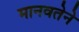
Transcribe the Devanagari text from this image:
मानवतेने